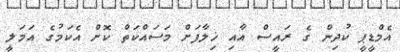
އެމްޑީޕީ ކުދިން ގެ ރައީސް އާއި ޚިލާފަށް މަސައްކަތް ކޮށް އެކަމުގެ އަމަލީ